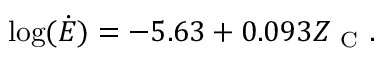
\log ( \dot { E } ) = - 5 . 6 3 + 0 . 0 9 3 Z _ { \mathrm { ~ C ~ } } .